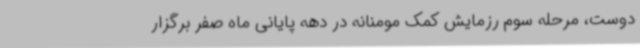
‌دوست، مرحله سوم رزمایش کمک مومنانه در دهه پایانی ماه صفر برگزار